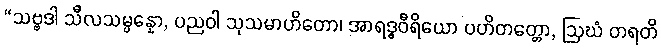
“သဗ္ဗဒါ သီလသမ္ပန္နော, ပညဝါ သုသမာဟိတော၊ အာရဒ္ဓဝီရိယော ပဟိတတ္တော, ဩဃံ တရတိ